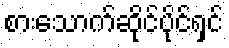
စားသောက်ဆိုင်ပိုင်ရှင်